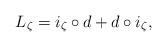
LaTeX: \begin{align*}L_\zeta=i_\zeta\circ d+d\circ i_\zeta,\end{align*}